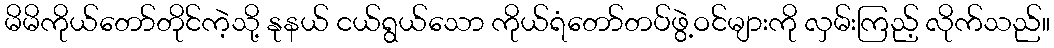
မိမိကိုယ်တော်တိုင်ကဲ့သို့ နုနယ် ငယ်ရွယ်သော ကိုယ်ရံတော်တပ်ဖွဲ့ဝင်များကို လှမ်းကြည့် လိုက်သည်။